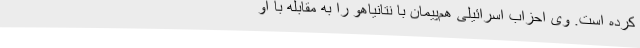
کرده است. وی احزاب اسرائیلی هم‌پیمان با نتانیاهو را به مقابله با او